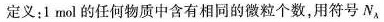
定义：1mol的任何物质中含有相同的微粒个数，用符号N_{A}